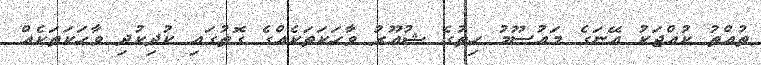
ތުއްތު ކުއްޖަކު އޭނަގެ މައުސޫމު ހިތުގެ ޝުއޫރު ވާހަކަތަކެއްގެ ގޮތުގައި ކުދިކުދި ވާހަކަތަކެއް